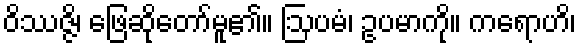
ဝိဿဇ္ဇိ၊ ဖြေဆိုတော်မူ၏။ ဩပမံ၊ ဥပမာကို။ ကရောဟိ၊